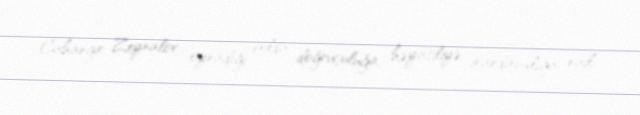
Cahangir Zeynalov oynadığı rolda doğruçuluğa, həyatiliyə, inandırıcılığa nail